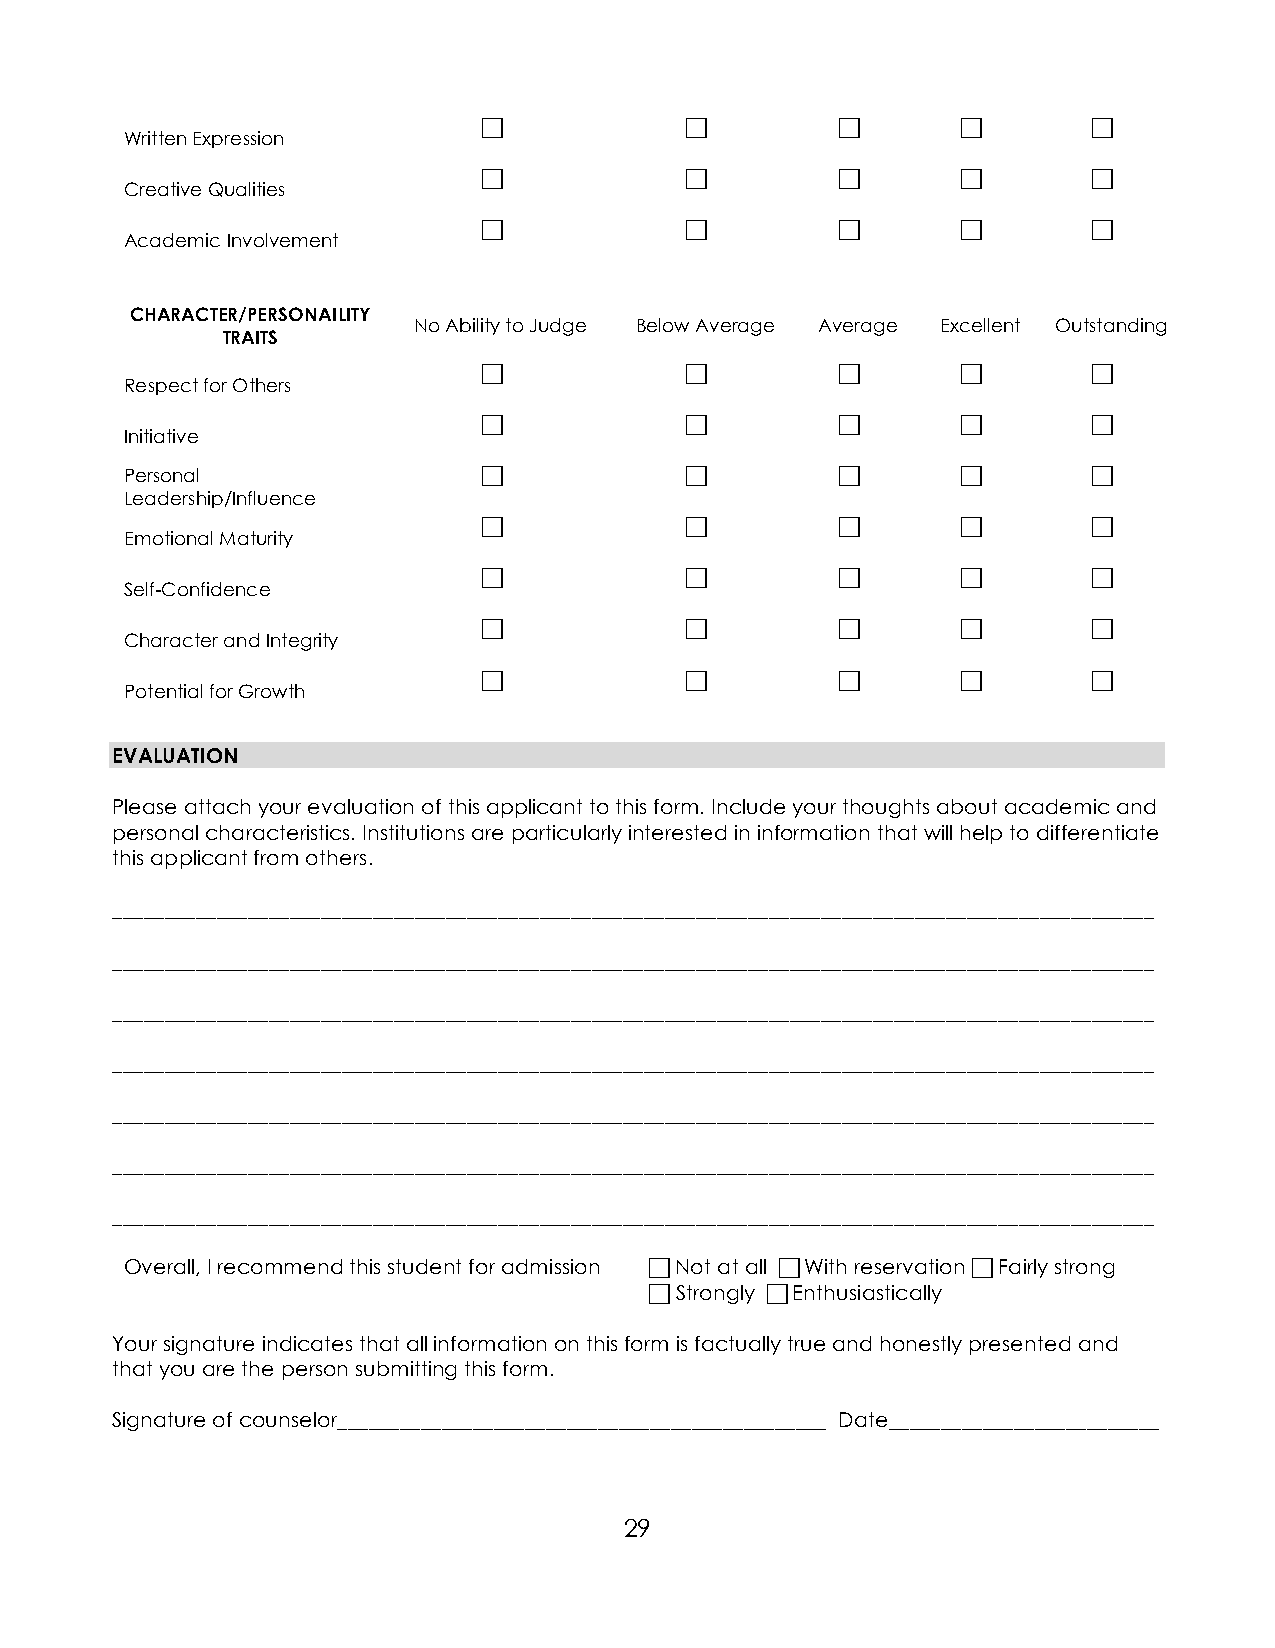
 E           E         E      E      E
 Written Expression
  E           E         E      E      E
 Creative Qualities
  E           E         E      E      E
 Academic Involvement
 CHARACTER/PERSONAILITY
 No Ability to Judge Below Average Average Excellent Outstanding
 TRAITS
  E           E         E      E      E
 Respect for Others
  E           E         E      E      E
 Initiative
 Personal                 E           E         E      E      E
 Leadership/Influence
  E           E         E      E      E
 Emotional Maturity
  E           E         E      E      E
 Self-Confidence
  E           E         E      E      E
 Character and Integrity
  E           E         E      E      E
 Potential for Growth
 EVALUATION
 Please attach your evaluation of this applicant to this form. Include your thoughts about academic and
 personal characteristics. Institutions are particularly interested in information that will help to differentiate
 this applicant from others.
 ____________________________________________________________________________________________________
 ____________________________________________________________________________________________________
 ____________________________________________________________________________________________________
 ____________________________________________________________________________________________________
 ____________________________________________________________________________________________________
 ____________________________________________________________________________________________________
 ____________________________________________________________________________________________________
 Overall, I recommend this student for admission  Not at all  With reservation  Fairly strong
  Strongly  Enthusiastically
 Your signature indicates that all information on this form is factually true and honestly presented and
 that you are the person submitting this form.
 Signature of counselor_______________________________________________ Date__________________________
 29